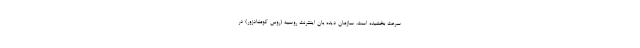
سرعت بخشیده است. سازمان دیده بان اینترنت روسیه (روس کومنادزور) در